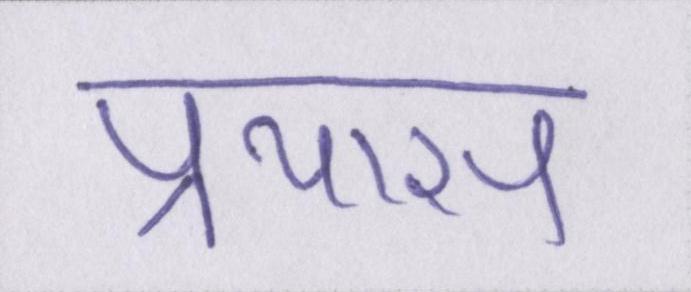
प्रयास